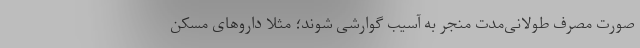
صورت مصرف طولانی‌مدت منجر به آسیب گوارشی شوند؛ مثلاً داروهای مسکن